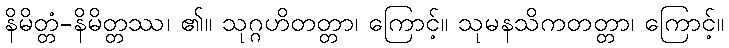
နိမိတ္တံ-နိမိတ္တဿ၊ ၏။ သုဂ္ဂဟိတတ္တာ၊ ကြောင့်။ သုမနသိကတတ္တာ၊ ကြောင့်။